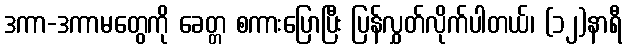
ဒကာ-ဒကာမတွေကို ခေတ္တ စကားပြောပြီး ပြန်လွှတ်လိုက်ပါတယ်၊ (၁၂)နာရီ